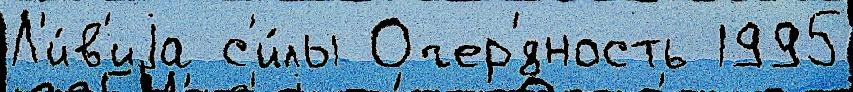
Л'и́в'иjа с'и́лы Очер'́дность 1995